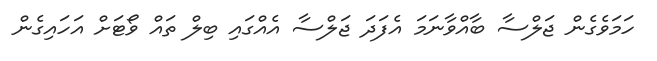
ހަމަވެގެން ޖަލްސާ ބާއްވާނަމަ އެފަދަ ޖަލްސާ އެެއްގައި ބިލް ތައް ވޯޓަށް އަހައިގެން